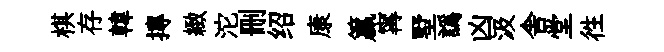
棋存韓摶緻沱删绍康籯𡩋墅譌凶汲舎堂徃